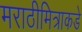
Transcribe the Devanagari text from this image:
मराठीमित्राकडे